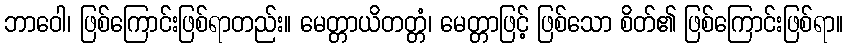
ဘာဝေါ၊ ဖြစ်ကြောင်းဖြစ်ရာတည်း။ မေတ္တာယိတတ္တံ၊ မေတ္တာဖြင့် ဖြစ်သော စိတ်၏ ဖြစ်ကြောင်းဖြစ်ရာ။